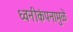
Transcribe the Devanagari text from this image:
ध्वनीकंपनामुळे